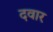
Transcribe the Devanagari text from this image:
दवार